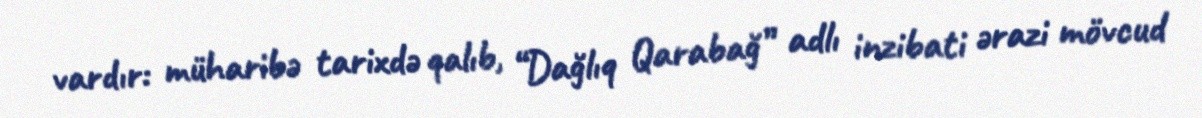
vardır: müharibə tarixdə qalıb, “Dağlıq Qarabağ” adlı inzibati ərazi mövcud